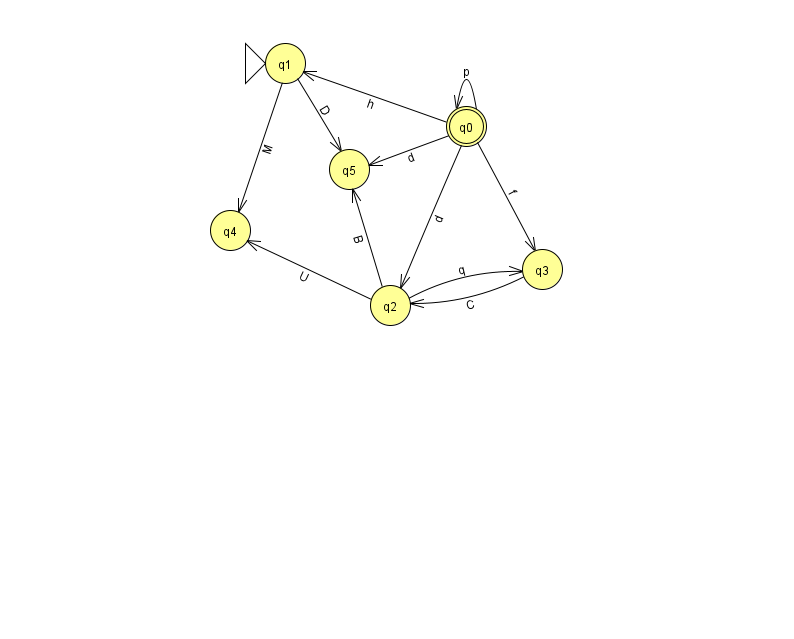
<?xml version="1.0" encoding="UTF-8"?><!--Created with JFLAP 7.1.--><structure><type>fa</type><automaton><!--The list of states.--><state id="0" name="q0"><x>466.0</x><y>113.0</y><final/></state><state id="1" name="q1"><x>285.0</x><y>50.0</y><initial/></state><state id="2" name="q2"><x>390.0</x><y>292.0</y></state><state id="3" name="q3"><x>542.0</x><y>256.0</y></state><state id="4" name="q4"><x>230.0</x><y>217.0</y></state><state id="5" name="q5"><x>349.0</x><y>156.0</y></state><!--The list of transitions.--><transition><from>0</from><to>0</to><read>p</read></transition><transition><from>0</from><to>3</to><read>f</read></transition><transition><from>2</from><to>5</to><read>B</read></transition><transition><from>1</from><to>5</to><read>D</read></transition><transition><from>0</from><to>1</to><read>h</read></transition><transition><from>2</from><to>4</to><read>U</read></transition><transition><from>3</from><to>2</to><read>C</read></transition><transition><from>0</from><to>2</to><read>d</read></transition><transition><from>0</from><to>5</to><read>d</read></transition><transition><from>2</from><to>3</to><read>q</read></transition><transition><from>1</from><to>4</to><read>M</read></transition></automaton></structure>